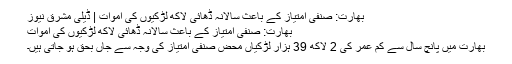
بھارت: صنفی امتیاز کے باعث سالانہ ڈھائی لاکھ لڑکیوں کی اموات | ڈیلی مشرق نیوز
بھارت: صنفی امتیاز کے باعث سالانہ ڈھائی لاکھ لڑکیوں کی اموات
بھارت میں پانچ سال سے کم عمر کی 2 لاکھ 39 ہزار لڑکیاں محض صنفی امتیاز کی وجہ سے جاں بحق ہو جاتی ہیں۔